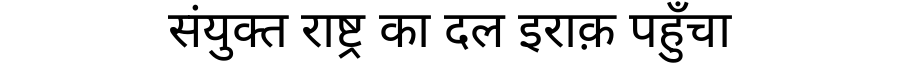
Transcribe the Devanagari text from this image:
संयुक्त राष्ट्र का दल इराक़ पहुँचा